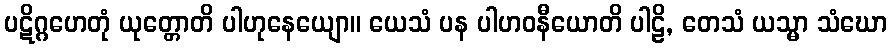
ပဋိဂ္ဂဟေတုံ ယုတ္တောတိ ပါဟုနေယျော။ ယေသံ ပန ပါဟဝနီယောတိ ပါဠိ, တေသံ ယသ္မာ သံဃော